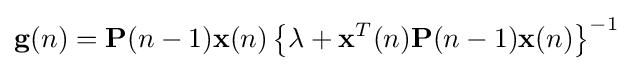
\mathbf {g} (n)=\mathbf {P} (n-1)\mathbf {x} (n)\left\{\lambda +\mathbf {x} ^{T}(n)\mathbf {P} (n-1)\mathbf {x} (n)\right\}^{-1}